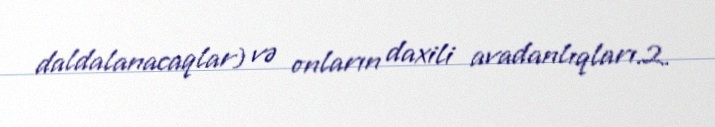
daldalanacaqlar) və onların daxili avadanlıqları.2.